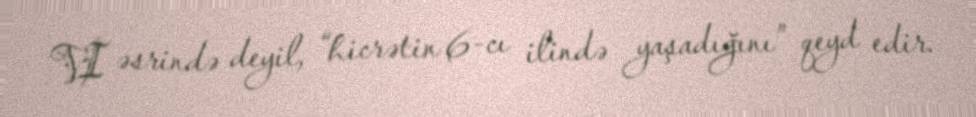
VI əsrində deyil, “hicrətin 6-cı ilində yaşadığını” qeyd edir.